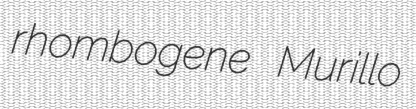
rhombogene Murillo